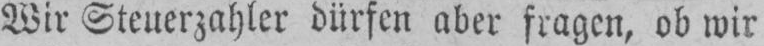
Wir Steuerzahler dürfen aber fragen, ob wir